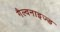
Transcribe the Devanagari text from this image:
गैल्वनाइज्ड